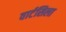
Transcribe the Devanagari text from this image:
वार्टसिला